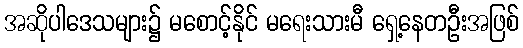
အဆိုပါဒေသများ၌ မစောင့်နိုင် မရေးသားမီ ရှေ့နေတဦးအဖြစ်